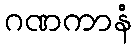
ဂဏကာနံ